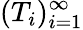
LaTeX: (T_{i})_{i=1}^{\infty}